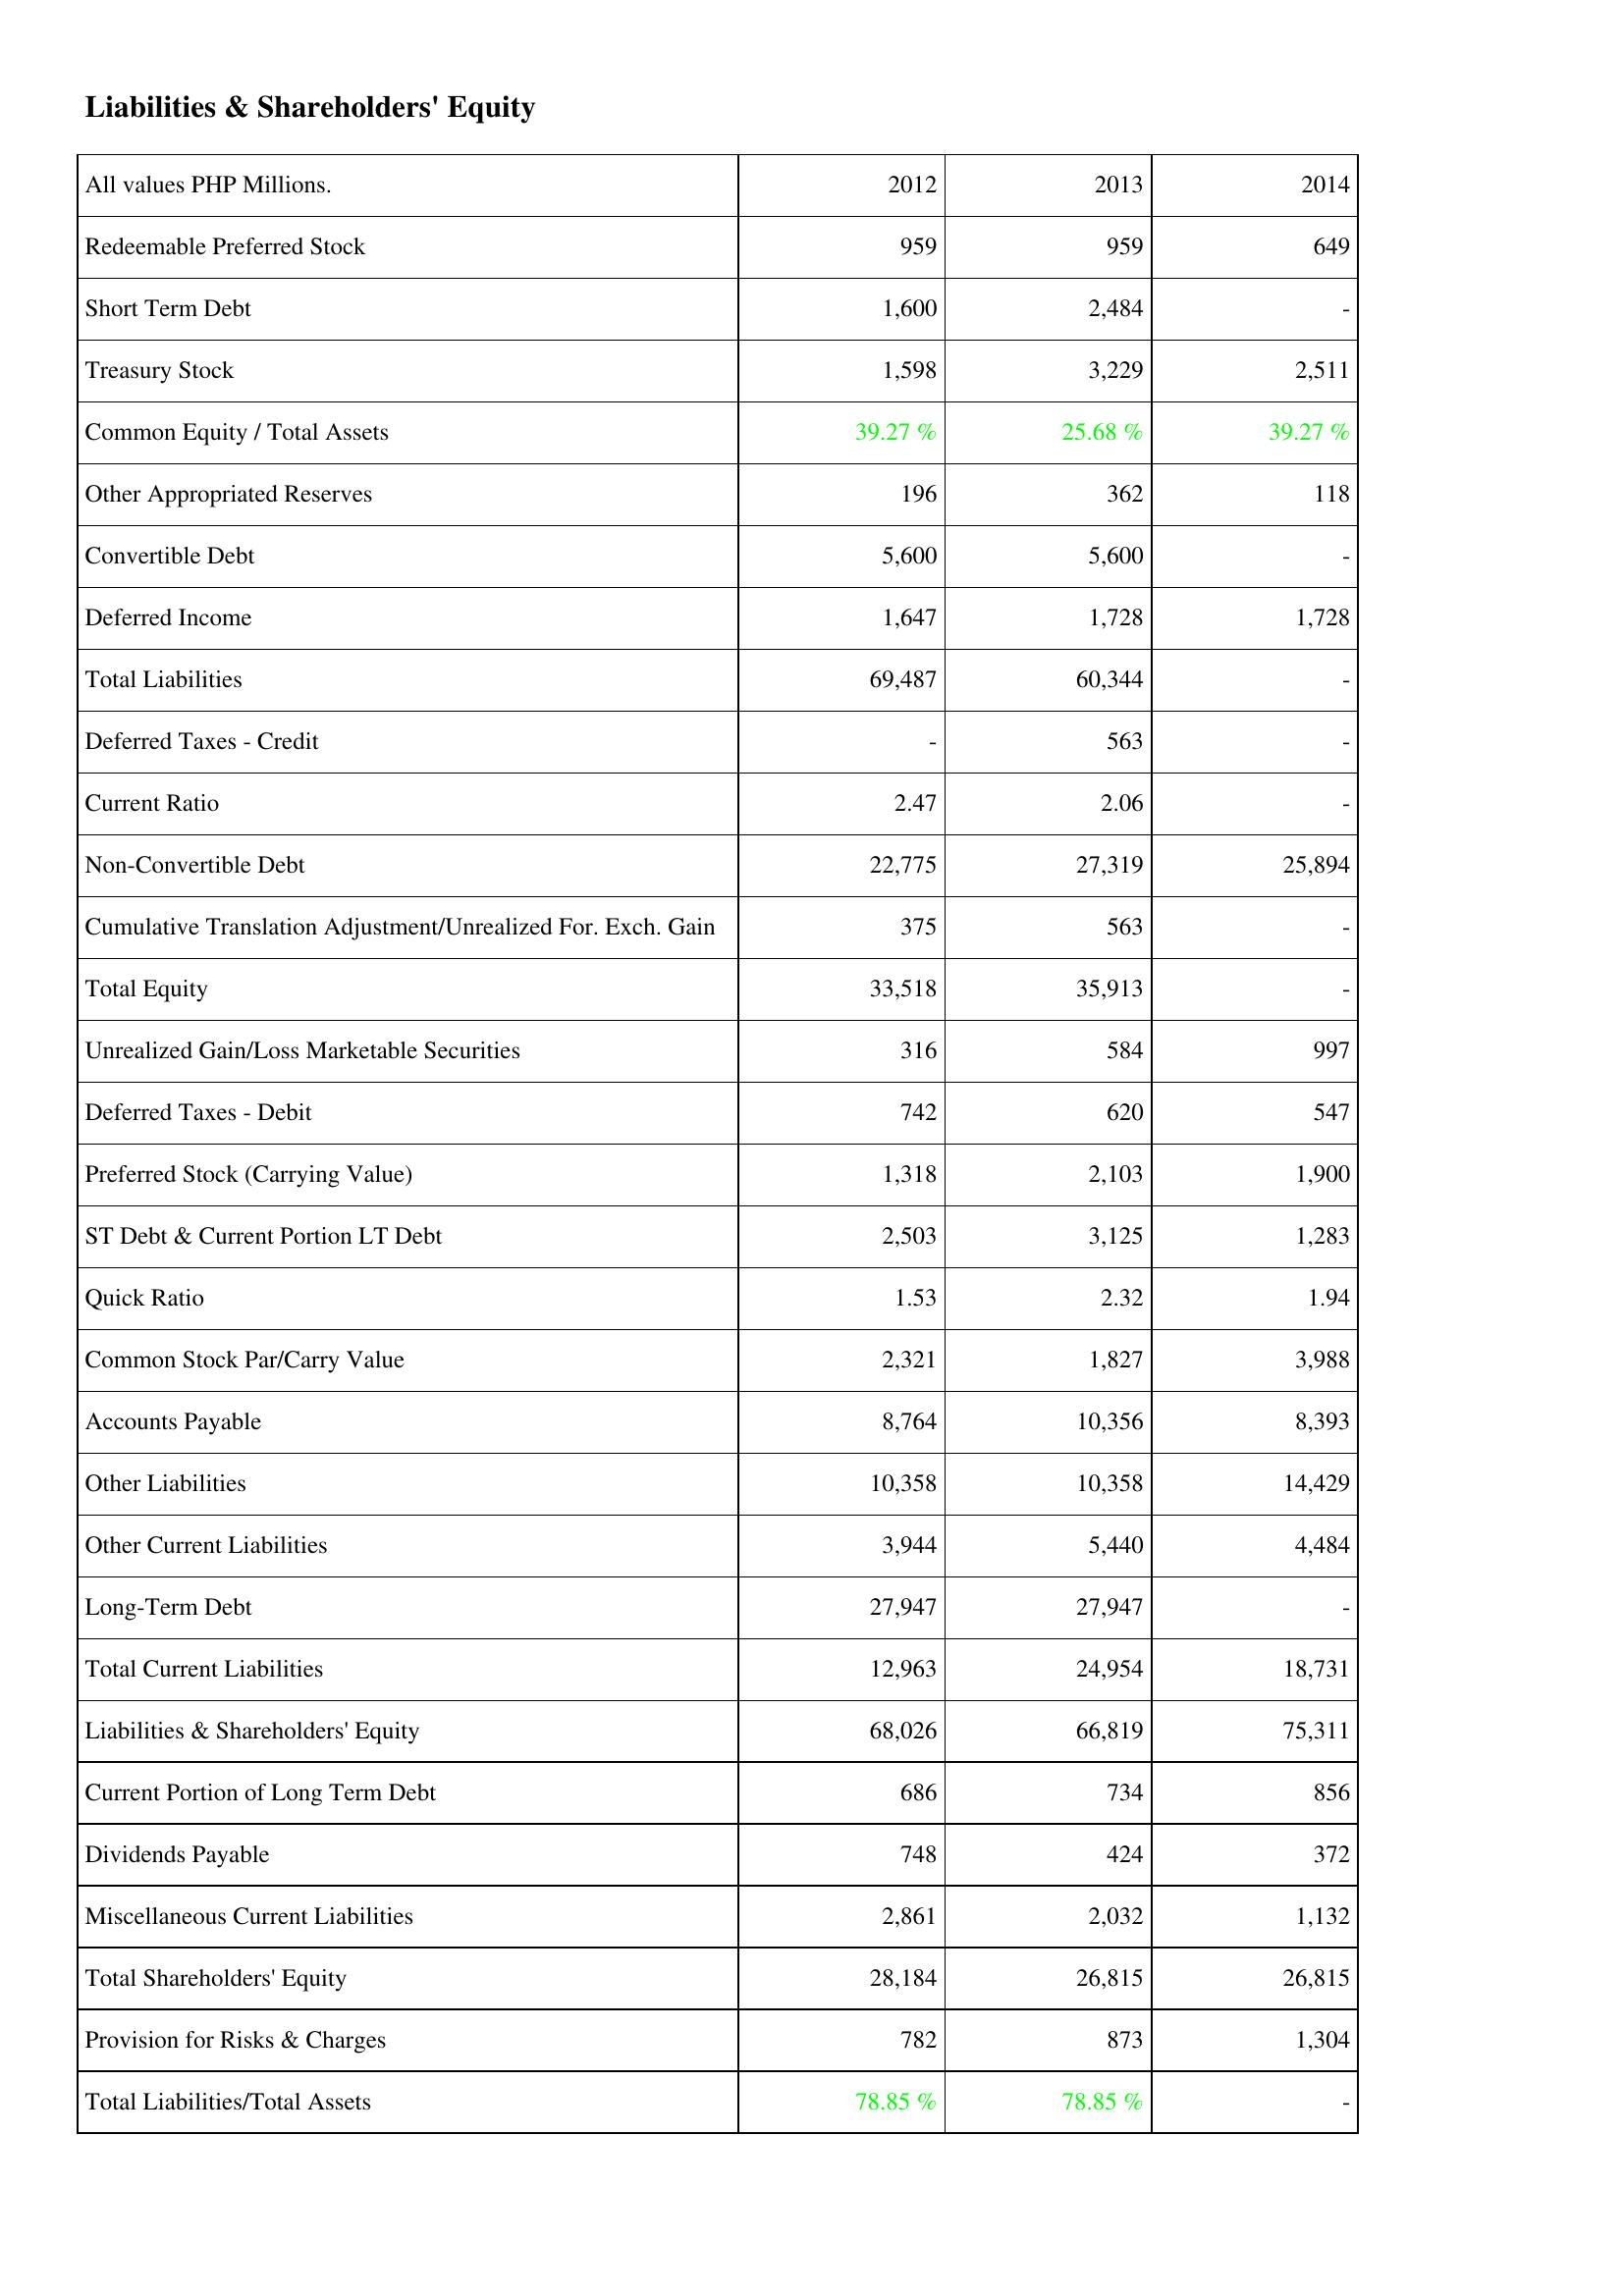
2012: Liabilities & Shareholders' Equity: Redeemable Preferred Stock: 959
Short Term Debt: 1,600
Treasury Stock: 1,598
Common Equity / Total Assets: 39.27 %
Other Appropriated Reserves: 196
Convertible Debt: 5,600
Deferred Income: 1,647
Total Liabilities: 69,487
Deferred Taxes - Credit: -
Current Ratio: 2.47
Non-Convertible Debt: 22,775
Cumulative Translation Adjustment/Unrealized For. Exch. Gain: 375
Total Equity: 33,518
Unrealized Gain/Loss Marketable Securities: 316
Deferred Taxes - Debit: 742
Preferred Stock (Carrying Value): 1,318
ST Debt & Current Portion LT Debt: 2,503
Quick Ratio: 1.53
Common Stock Par/Carry Value: 2,321
Accounts Payable: 8,764
Other Liabilities: 10,358
Other Current Liabilities: 3,944
Long-Term Debt: 27,947
Total Current Liabilities: 12,963
Liabilities & Shareholders' Equity: 68,026
Current Portion of Long Term Debt: 686
Dividends Payable: 748
Miscellaneous Current Liabilities: 2,861
Total Shareholders' Equity: 28,184
Provision for Risks & Charges: 782
Total Liabilities/Total Assets: 78.85 %
2013: Liabilities & Shareholders' Equity: Redeemable Preferred Stock: 959
Short Term Debt: 2,484
Treasury Stock: 3,229
Common Equity / Total Assets: 25.68 %
Other Appropriated Reserves: 362
Convertible Debt: 5,600
Deferred Income: 1,728
Total Liabilities: 60,344
Deferred Taxes - Credit: 563
Current Ratio: 2.06
Non-Convertible Debt: 27,319
Cumulative Translation Adjustment/Unrealized For. Exch. Gain: 563
Total Equity: 35,913
Unrealized Gain/Loss Marketable Securities: 584
Deferred Taxes - Debit: 620
Preferred Stock (Carrying Value): 2,103
ST Debt & Current Portion LT Debt: 3,125
Quick Ratio: 2.32
Common Stock Par/Carry Value: 1,827
Accounts Payable: 10,356
Other Liabilities: 10,358
Other Current Liabilities: 5,440
Long-Term Debt: 27,947
Total Current Liabilities: 24,954
Liabilities & Shareholders' Equity: 66,819
Current Portion of Long Term Debt: 734
Dividends Payable: 424
Miscellaneous Current Liabilities: 2,032
Total Shareholders' Equity: 26,815
Provision for Risks & Charges: 873
Total Liabilities/Total Assets: 78.85 %
2014: Liabilities & Shareholders' Equity: Redeemable Preferred Stock: 649
Short Term Debt: -
Treasury Stock: 2,511
Common Equity / Total Assets: 39.27 %
Other Appropriated Reserves: 118
Convertible Debt: -
Deferred Income: 1,728
Total Liabilities: -
Deferred Taxes - Credit: -
Current Ratio: -
Non-Convertible Debt: 25,894
Cumulative Translation Adjustment/Unrealized For. Exch. Gain: -
Total Equity: -
Unrealized Gain/Loss Marketable Securities: 997
Deferred Taxes - Debit: 547
Preferred Stock (Carrying Value): 1,900
ST Debt & Current Portion LT Debt: 1,283
Quick Ratio: 1.94
Common Stock Par/Carry Value: 3,988
Accounts Payable: 8,393
Other Liabilities: 14,429
Other Current Liabilities: 4,484
Long-Term Debt: -
Total Current Liabilities: 18,731
Liabilities & Shareholders' Equity: 75,311
Current Portion of Long Term Debt: 856
Dividends Payable: 372
Miscellaneous Current Liabilities: 1,132
Total Shareholders' Equity: 26,815
Provision for Risks & Charges: 1,304
Total Liabilities/Total Assets: -